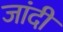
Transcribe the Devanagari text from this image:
जांदी